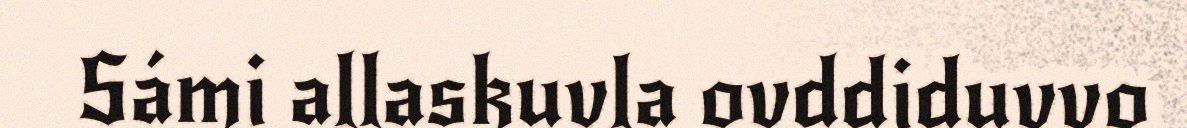
Sámi allaskuvla ovddiduvvo